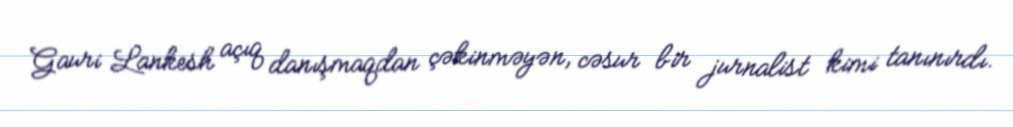
Gauri Lankesh açıq danışmaqdan çəkinməyən, cəsur bir jurnalist kimi tanınırdı.